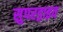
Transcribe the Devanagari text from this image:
सुपरड्राइव